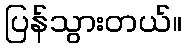
ပြန်သွားတယ်။